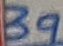
Text: 39